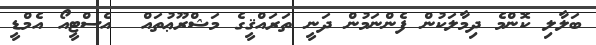
ބަލާލި ކޮންމެ ދިމާލަކުން ފެންނަމުން ދަނީ ތަރައްޤީގެ މަޝްރޫޢުތައް  އެސްޓީއޯ އެމްޑީ